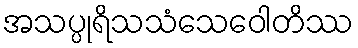
အသပ္ပုရိသသံသေဝေါတိဿ